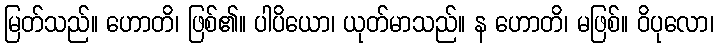
မြတ်သည်။ ဟောတိ၊ ဖြစ်၏။ ပါပိယော၊ ယုတ်မာသည်။ န ဟောတိ၊ မဖြစ်။ ဝိပုလော၊